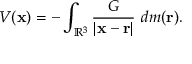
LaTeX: V ( \mathbf { x } ) = - \int _ { \mathbb { R } ^ { 3 } } { \frac { G } { | \mathbf { x } - \mathbf { r } | } } \ d m ( \mathbf { r } ) .